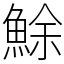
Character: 鮽